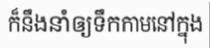
ក៏នឹងនាំឲ្យទឹកកាមនៅក្នុង